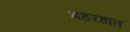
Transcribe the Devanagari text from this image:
बहरहात